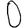
Digit: 0